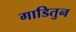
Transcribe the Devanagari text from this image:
गाडितुन